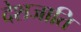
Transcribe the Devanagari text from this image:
देशजाति